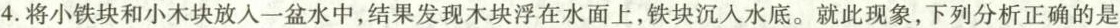
4.将小铁块和小木块放入一盆水中，结果发现木块浮在水面上，铁块沉入水底。就此现象，下列分析正确的是